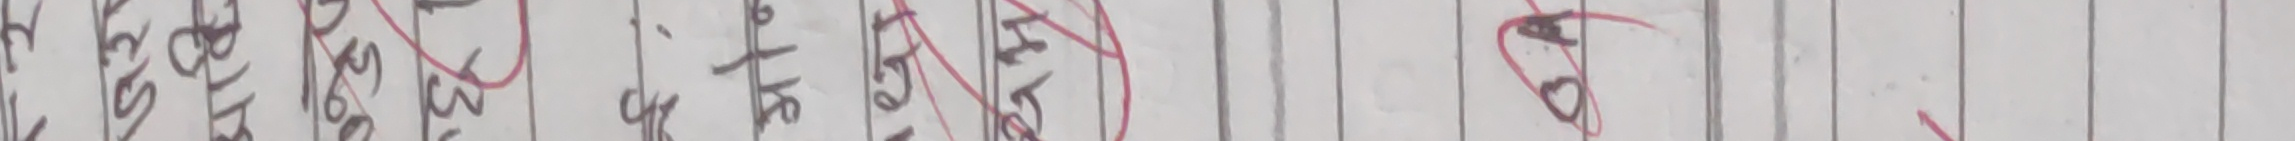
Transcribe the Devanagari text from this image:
केट राजेन्द्र ३० ४० १२१ ५०